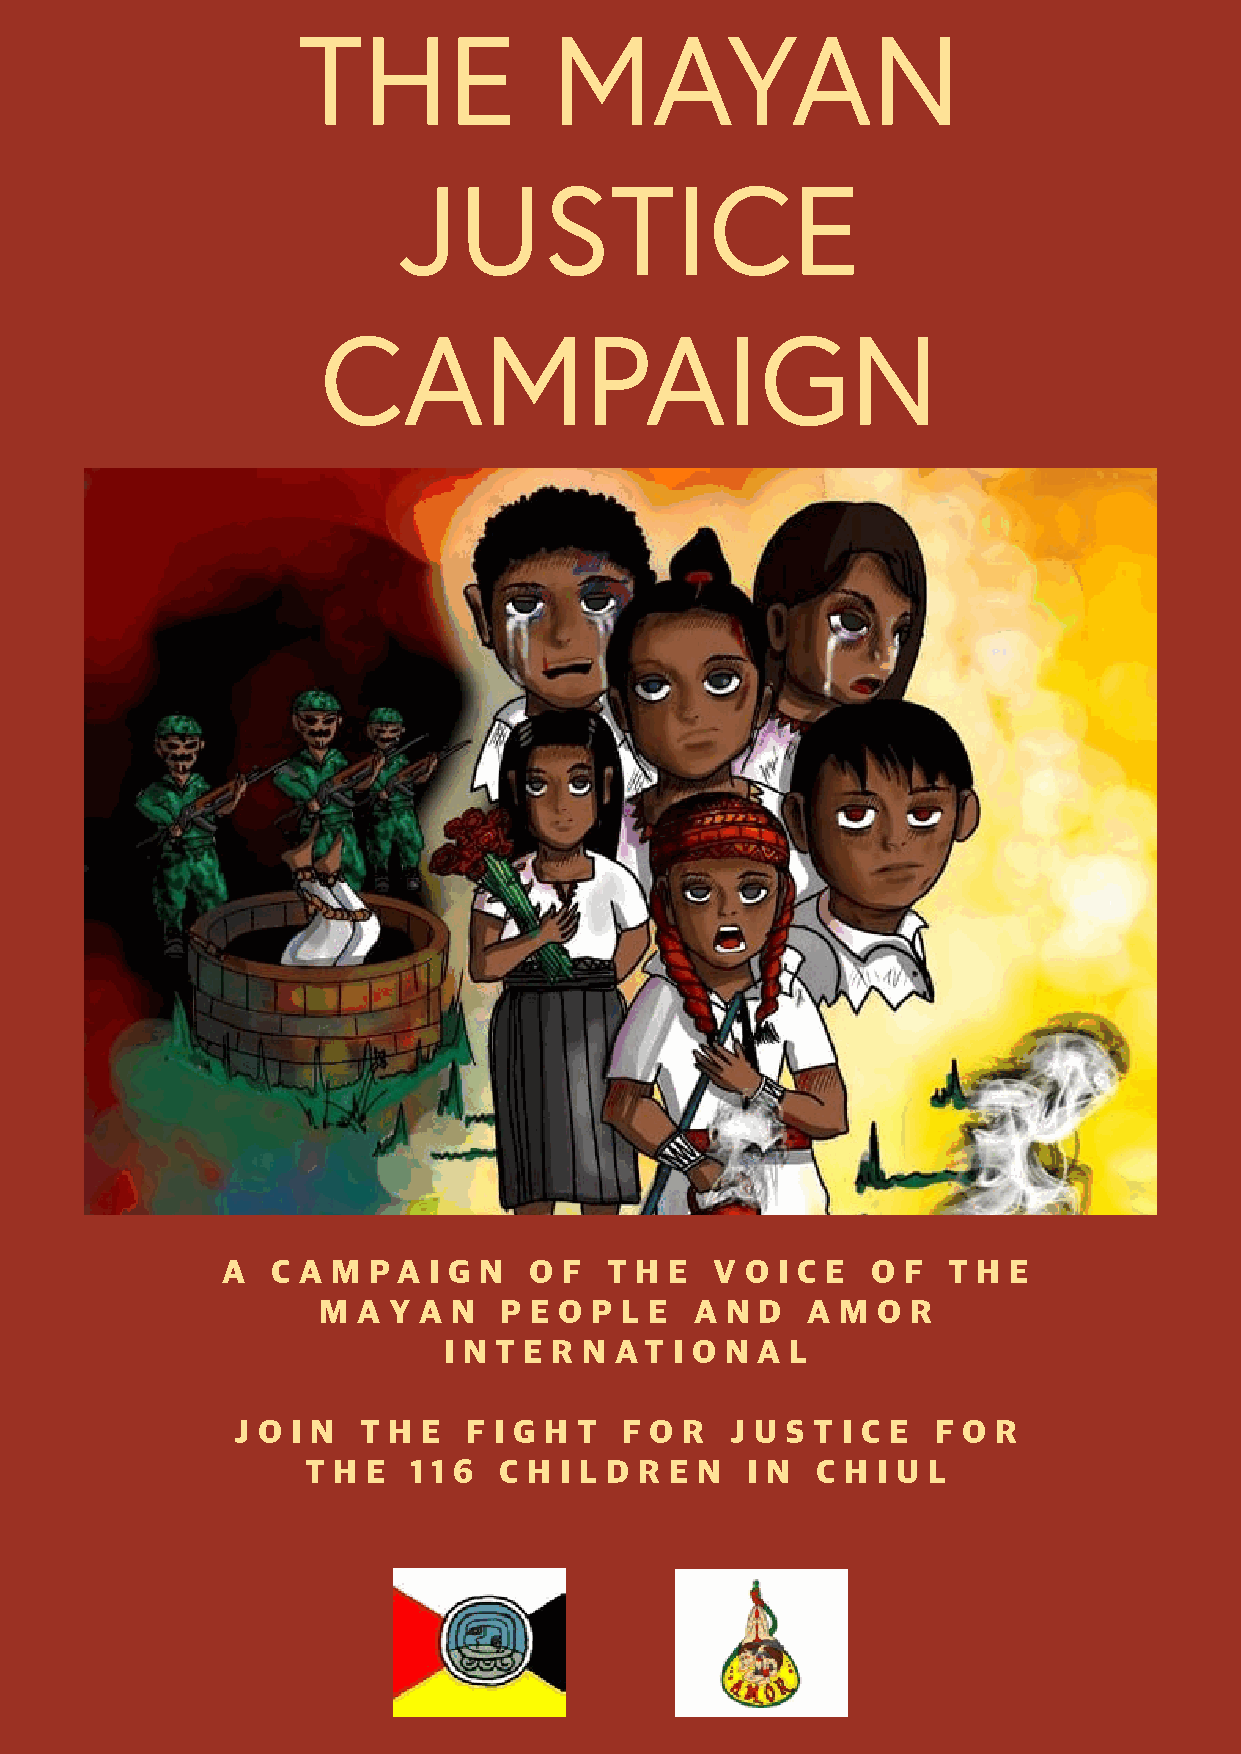
THE             MAYAN
 JUSTICE
 CAMPAIGN
 A  C A M P A I G N  O F  T H E  V O I C E  O F  T H E
 M  A Y A N  P E O P L E  A N D  A  M O R
 I N T E R N A T I O N A L
 J O I N  T H E  F I G H T F O R  J U S T I C E F O R
 T H E  1 1 6 C H I L D R E N I N  C H I U L